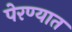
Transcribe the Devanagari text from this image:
पेरण्यात